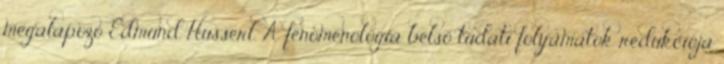
megalapozó Edmund Husserl. A fenomenológia belső tudati folyamatok redukciója